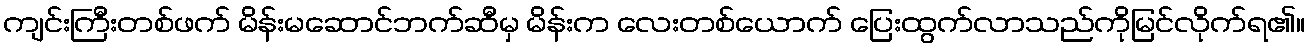
ကျင်းကြီးတစ်ဖက် မိန်းမဆောင်ဘက်ဆီမှ မိန်းက လေးတစ်ယောက် ပြေးထွက်လာသည်ကိုမြင်လိုက်ရ၏။